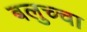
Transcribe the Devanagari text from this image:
बलुच्चा